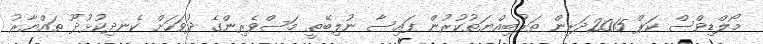
މޯލްޑިވްސް ކަޕް 2015ދަރިން ތަރުބިއްޔަތުކުރުން ފައިސާ ނުލިބޭތީ މަސްވެރިންގެ ދުވަހަށް ކެނދިކުޅުދޫ ތައްޔާރު